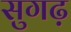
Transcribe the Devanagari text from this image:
सुगढ़